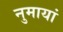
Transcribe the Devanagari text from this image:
नुमायां